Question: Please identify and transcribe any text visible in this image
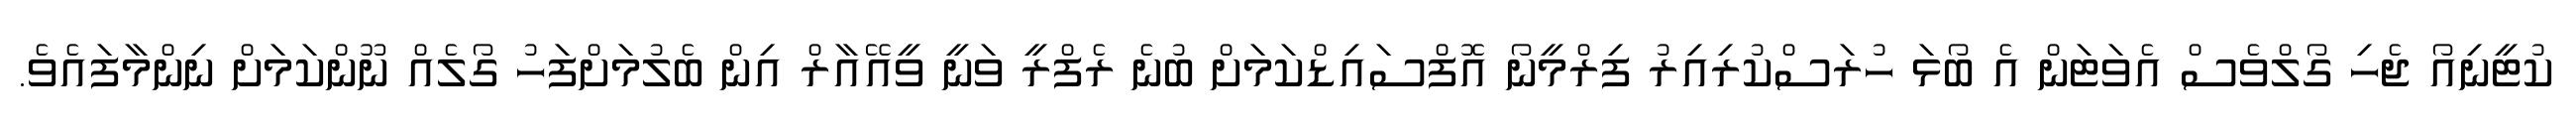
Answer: ކުޓީނިއޯ ޖެހި ގޯލްވެސް އެވަޓަން އެ ބޯޅަ ހުރަސްކުރިއިރު ފިރްމީނޯ އޮފްސައިޑްކަމަށް ބުނެ ރެފްރީ ވަނީ ވީއޭއާރް އިން ބެލުމަށްފަހު ގޯލެއް ނޫންކަމަށް ނިންމާފައެވެ.